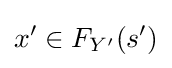
x'\in F_{Y'}(s')